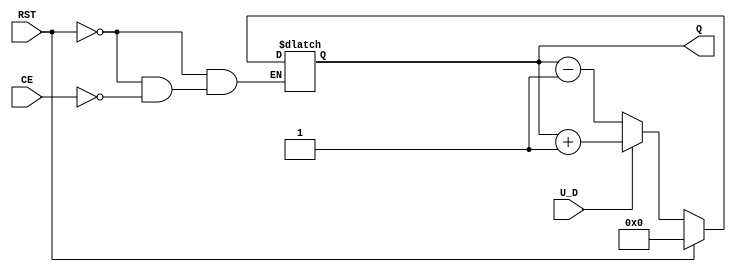
module UpDownCounter #(
    parameter N = 4 // Number of bits for the counter
)(
    input wire CE,      // Count Enable
    input wire U_D,     // Up/Down Control Signal
    input wire RST,     // Asynchronous Reset
    output reg [N-1:0] Q // Count Value
);

// Asynchronous reset logic
always @(*) begin
    if (RST) begin
        Q = 0; // Reset counter to 0
    end else if (CE) begin
        if (U_D) begin
            Q = Q + 1; // Count Up
        end else begin
            Q = Q - 1; // Count Down
        end
    end else begin
        Q = Q; // Hold current value
    end
end

endmodule